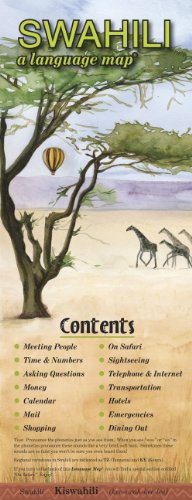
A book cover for SWAHILI a language mapÂ®; Kristine K. Kershul; Travel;